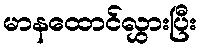
မာနထောင်လွှားပြီး